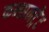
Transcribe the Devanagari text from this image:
कन्सनट्रेट